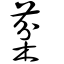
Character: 棻